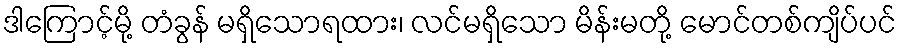
ဒါကြောင့်မို့ တံခွန် မရှိသောရထား၊ လင်မရှိသော မိန်းမတို့ မောင်တစ်ကျိပ်ပင်